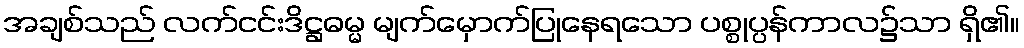
အချစ်သည် လက်ငင်းဒိဋ္ဌဓမ္မ မျက်မှောက်ပြုနေရသော ပစ္စုပ္ပန်ကာလ၌သာ ရှိ၏။